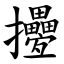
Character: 㩸